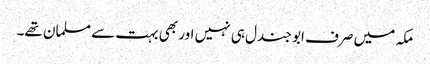
مکہ میں صرف ابو جندل ہی نہیں اور بھی بہت سے مسلمان تھے۔